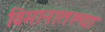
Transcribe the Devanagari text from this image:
विमानातल्या